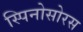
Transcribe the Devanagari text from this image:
स्‍पिनोसोरस